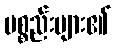
ပစ္စည်းများ၏